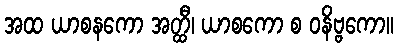
အထ ယာစနကော အတ္ထီ၊ ယာစကော စ ဝနိဗ္ဗကော။